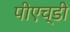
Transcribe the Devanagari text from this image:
पीएच्‌डी